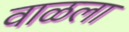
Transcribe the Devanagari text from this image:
वाळला